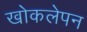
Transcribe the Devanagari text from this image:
खोकलेपन